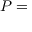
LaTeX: { \boldsymbol { P } } =